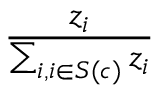
\frac { z _ { i } } { \sum _ { i , i \in S ( c ) } z _ { i } }